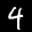
Label: 4